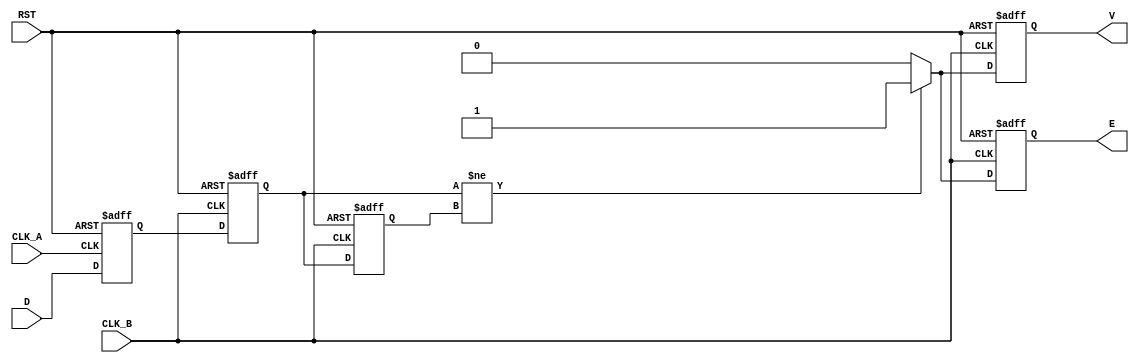
module cdc_detector (
    input wire D,          // Asynchronous data signal
    input wire CLK_A,     // Clock signal for domain A
    input wire CLK_B,     // Clock signal for domain B
    input wire RST,       // Reset signal
    output reg V,         // Valid signal
    output reg E          // Error signal
);
    
    reg D_sync;           // Synchronized data
    reg D_prev_sync;      // Previous synchronized data for error detection
    reg D_meta;           // Metastable data from CLK_B

    // Sampling the data signal in Clock Domain A
    always @(posedge CLK_A or posedge RST) begin
        if (RST) begin
            D_sync <= 1'b0;
        end else begin
            D_sync <= D; // Capture data D
        end
    end

    // Sampling in Clock Domain B
    always @(posedge CLK_B or posedge RST) begin
        if (RST) begin
            D_meta <= 1'b0;
            D_prev_sync <= 1'b0;
            V <= 1'b0;
            E <= 1'b0;
        end else begin
            D_meta <= D_sync; // Capture the synchronized data
            D_prev_sync <= D_meta; // Keep previous state for error detection

            // Valid signal is asserted when current and previous state are not equal
            if (D_meta != D_prev_sync) begin
                V <= 1'b1; // Signal is valid
                E <= 1'b1; // Error detected (valid transition)
            end else begin
                V <= 1'b0; // No new valid sample
                E <= 1'b0; // No error
            end
        end
    end

endmodule